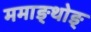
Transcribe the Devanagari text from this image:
ममाङ्थोङ्